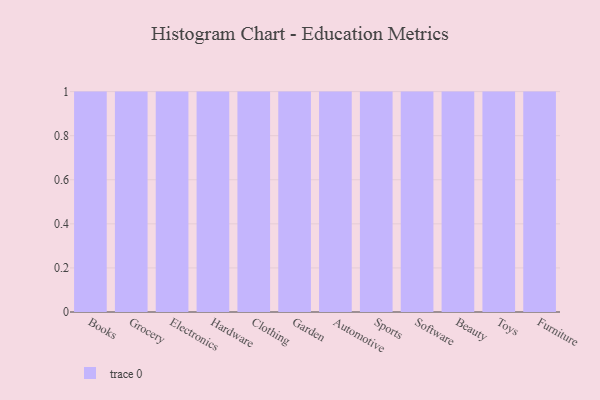
{"axis": {"x": "Category", "y": "Operating Costs (USD K)"}, "legend": [""], "data": [{"x": "Books", "y": 72, "type": ""}, {"x": "Grocery", "y": 42, "type": ""}, {"x": "Electronics", "y": 55, "type": ""}, {"x": "Hardware", "y": 72, "type": ""}, {"x": "Clothing", "y": 2, "type": ""}, {"x": "Garden", "y": 58, "type": ""}, {"x": "Automotive", "y": 12, "type": ""}, {"x": "Sports", "y": 46, "type": ""}, {"x": "Software", "y": 77, "type": ""}, {"x": "Beauty", "y": 70, "type": ""}, {"x": "Toys", "y": 82, "type": ""}, {"x": "Furniture", "y": 67, "type": ""}]}